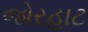
જોરહાટ